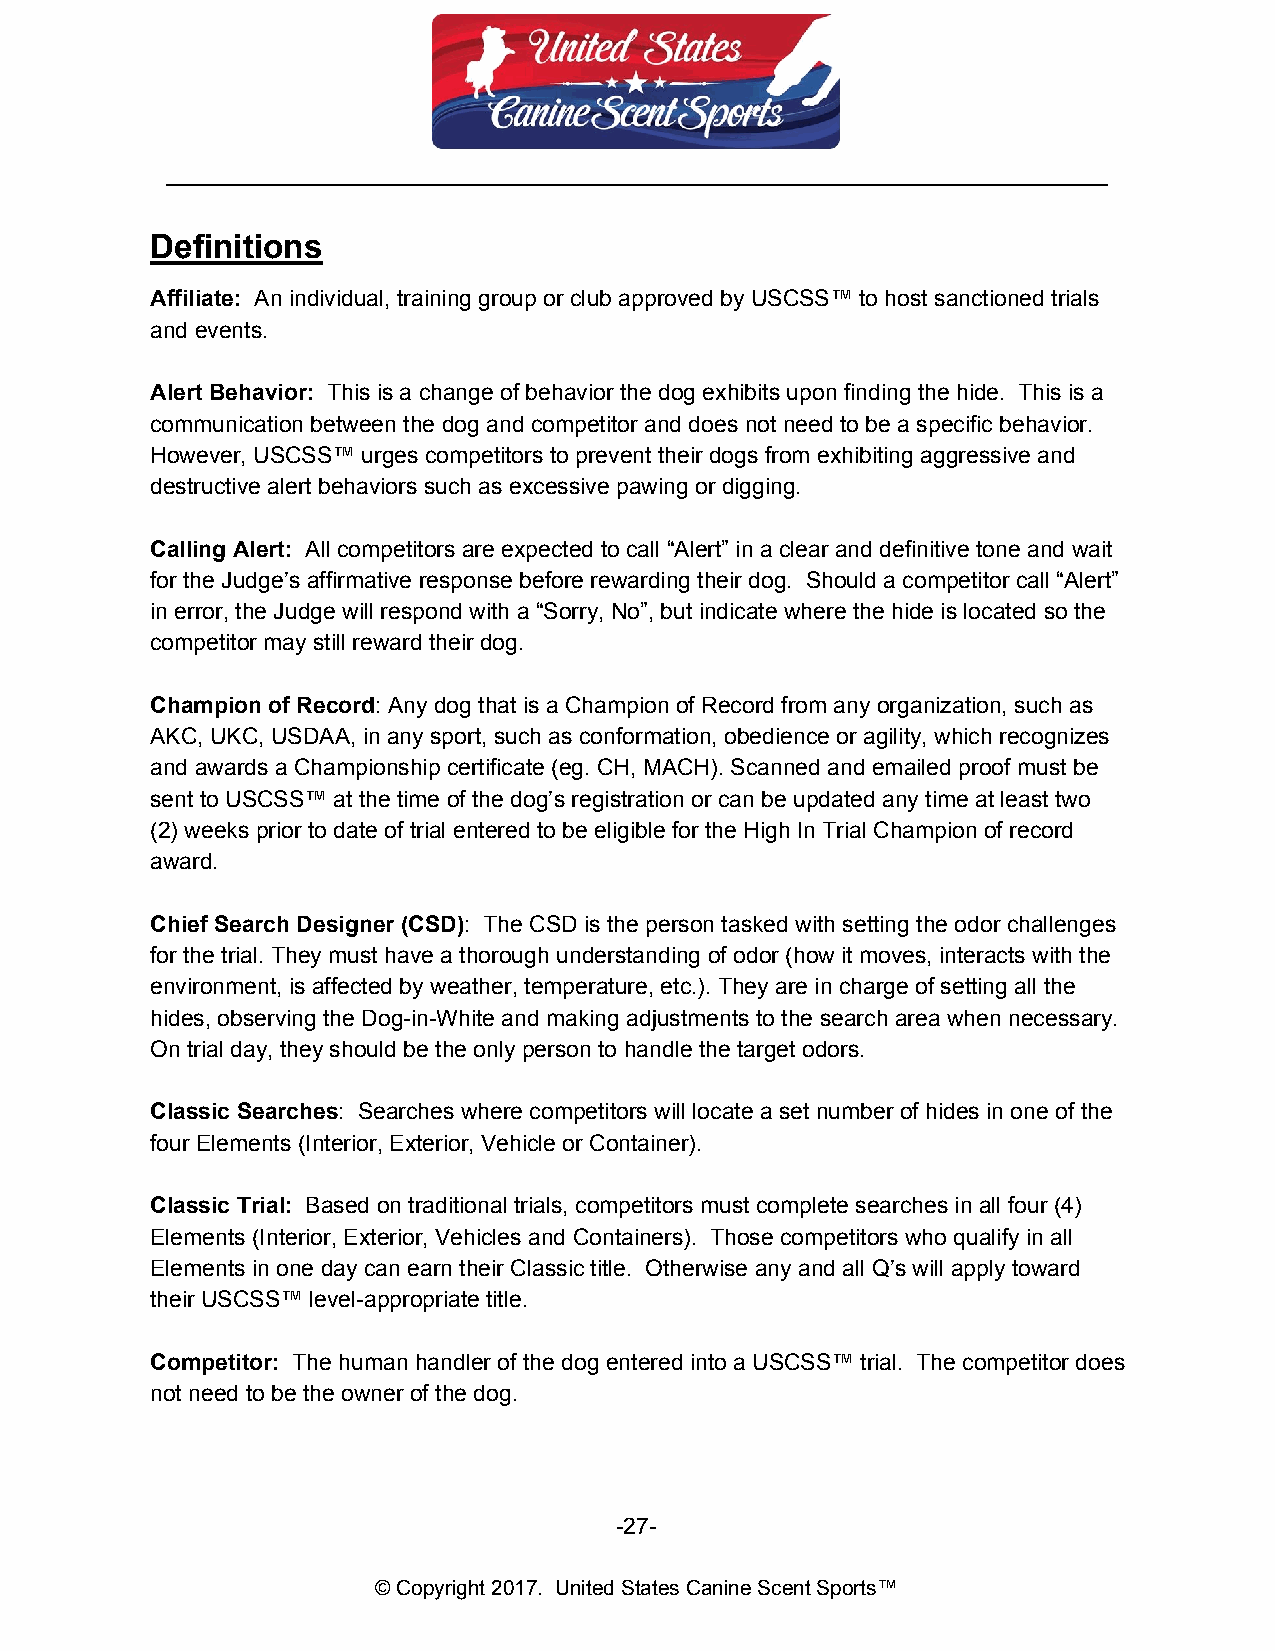
__________________________________________________________________________
 Definitions
 Affiliate: An individual, training group or club approved by USCSS™ to host sanctioned trials
 ​
 and events.
 Alert Behavior: This is a change of behavior the dog exhibits upon finding the hide. This is a
 ​
 communication between the dog and competitor and does not need to be a specific behavior.
 However, USCSS™ urges competitors to prevent their dogs from exhibiting aggressive and
 destructive alert behaviors such as excessive pawing or digging.
 Calling Alert: All competitors are expected to call “Alert” in a clear and definitive tone and wait
 ​
 for the Judge’s affirmative response before rewarding their dog. Should a competitor call “Alert”
 in error, the Judge will respond with a “Sorry, No”, but indicate where the hide is located so the
 competitor may still reward their dog.
 Champion of Record: Any dog that is a Champion of Record from any organization, such as
 ​
 AKC, UKC, USDAA, in any sport, such as conformation, obedience or agility, which recognizes
 and awards a Championship certificate (eg. CH, MACH). Scanned and emailed proof must be
 sent to USCSS™ at the time of the dog’s registration or can be updated any time at least two
 (2) weeks prior to date of trial entered to be eligible for the High In Trial Champion of record
 award.
 Chief Search Designer (CSD): The CSD is the person tasked with setting the odor challenges
 ​
 for the trial. They must have a thorough understanding of odor (how it moves, interacts with the
 environment, is affected by weather, temperature, etc.). They are in charge of setting all the
 hides, observing the Dog-in-White and making adjustments to the search area when necessary.
 On trial day, they should be the only person to handle the target odors.
 Classic Searches: Searches where competitors will locate a set number of hides in one of the
 ​
 four Elements (Interior, Exterior, Vehicle or Container).
 Classic Trial: Based on traditional trials, competitors must complete searches in all four (4)
 ​
 Elements (Interior, Exterior, Vehicles and Containers). Those competitors who qualify in all
 Elements in one day can earn their Classic title. Otherwise any and all Q’s will apply toward
 their USCSS™ level-appropriate title.
 Competitor: The human handler of the dog entered into a USCSS™ trial. The competitor does
 ​
 not need to be the owner of the dog.
 -27-
 © Copyright 2017. United States Canine Scent Sports™